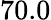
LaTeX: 70.0